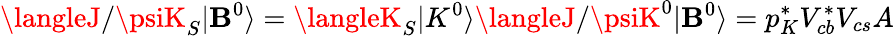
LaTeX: \langleJ/\psiK_{S}|\mathbf{B}^{0}\rangle=\langleK_{S}|K^{0}\rangle\langleJ/\psiK^{0}|\mathbf{B}^{0}\rangle=p_{K}^{\ast}V_{cb}^{\ast}V_{cs}A